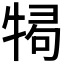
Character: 𭷫